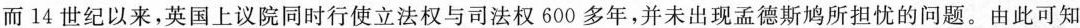
而14世纪以来，英国上议院同时行使立法权与司法权600多年，并未出现孟德斯鸠所担忧的问题。由此可知